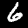
Digit: 6